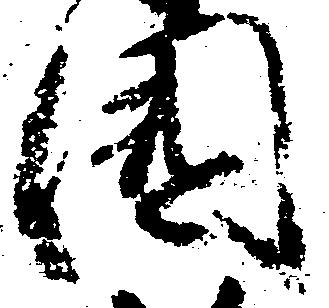
国